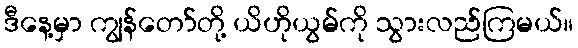
ဒီနေ့မှာ ကျွန်တော်တို့ ယိဟိုယွမ်ကို သွားလည်ကြမယ်။